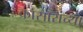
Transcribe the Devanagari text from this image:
कासारांच्या